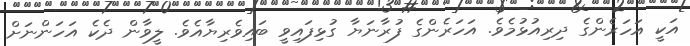
އަކީ އަހަރެންގެ ދިރިއުޅުމެވެ. އަހަރެންގެ ފުރާނަޔާ ގުޅިފައިވީ ބައިވެރިޔާއެވެ. ލީވާން ދެކެ އަހަންނަށް